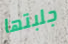
جلبتها